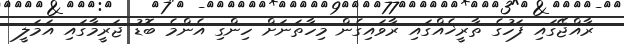
ރާއްޖޭގައި ފަހުގެ ތާރީޚެއްގައި ރާވައިގެން މިހާތަނަށް ހިންގި އެންމެ ބޮޑު ޖަރީމާގައި އަމަލީ